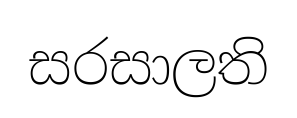
සරසාලති